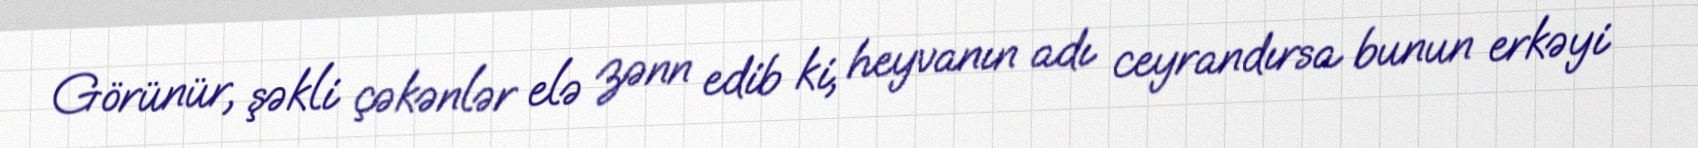
Görünür, şəkli çəkənlər elə zənn edib ki, heyvanın adı ceyrandırsa bunun erkəyi